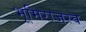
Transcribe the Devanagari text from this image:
भूमिराजस्व